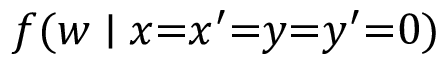
f ( w \mid x { = } x ^ { \prime } { = } y { = } y ^ { \prime } { = } 0 )